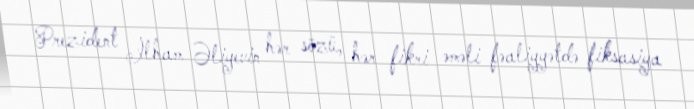
Prezident İlham Əliyevin hər sözü, hər fikri əməli fəaliyyətdə fiksasiya